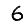
Digit: 6